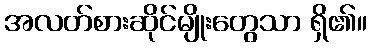
အလတ်စားဆိုင်မျိုးတွေသာ ရှိ၏။